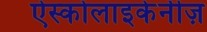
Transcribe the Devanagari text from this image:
ऐस्कोलाइकेनीज़